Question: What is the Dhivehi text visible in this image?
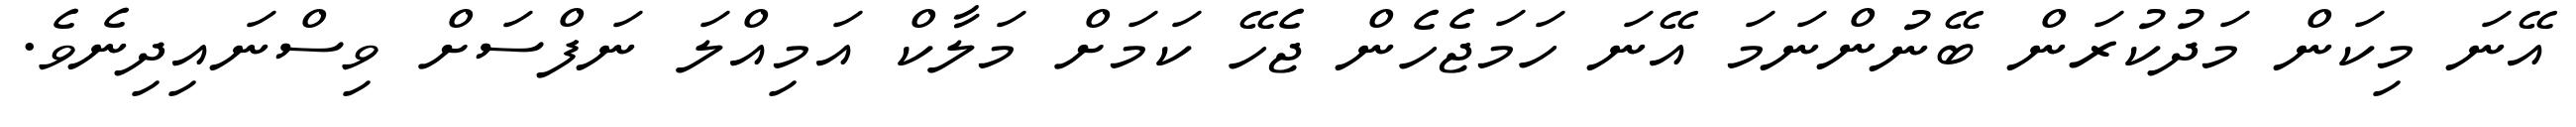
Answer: އޭނަ މިކަން މަދުކުރަން ބޭނުންނަމަ އޭނަ ހަމަޖެހެން ޖެހޭ ކަމަށް މަލާކް އަމިއްލަ ނަފްސަށް ވިސްނައިދިނެވެ.